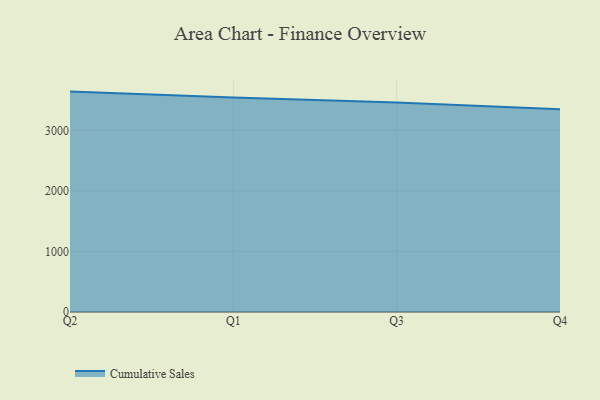
{"axis": {"x": "Quarter", "y": "Production Output"}, "legend": ["Cumulative Sales"], "data": [{"x": "Q2", "y": 3641.1, "type": "Cumulative Sales"}, {"x": "Q1", "y": 3542.9, "type": "Cumulative Sales"}, {"x": "Q3", "y": 3460.4, "type": "Cumulative Sales"}, {"x": "Q4", "y": 3348.5, "type": "Cumulative Sales"}]}